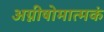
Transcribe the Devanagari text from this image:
अग्नीषोमात्मकं